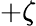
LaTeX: +\zeta